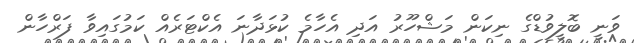
ވަނީ ބޮލީވުޑްގެ ނިކަން މަޝްހޫރު އަދި އެހާމެ ކުޅަދާނަ އެކްޓަރެއް ކަމުގައިވާ ފަރްހާން